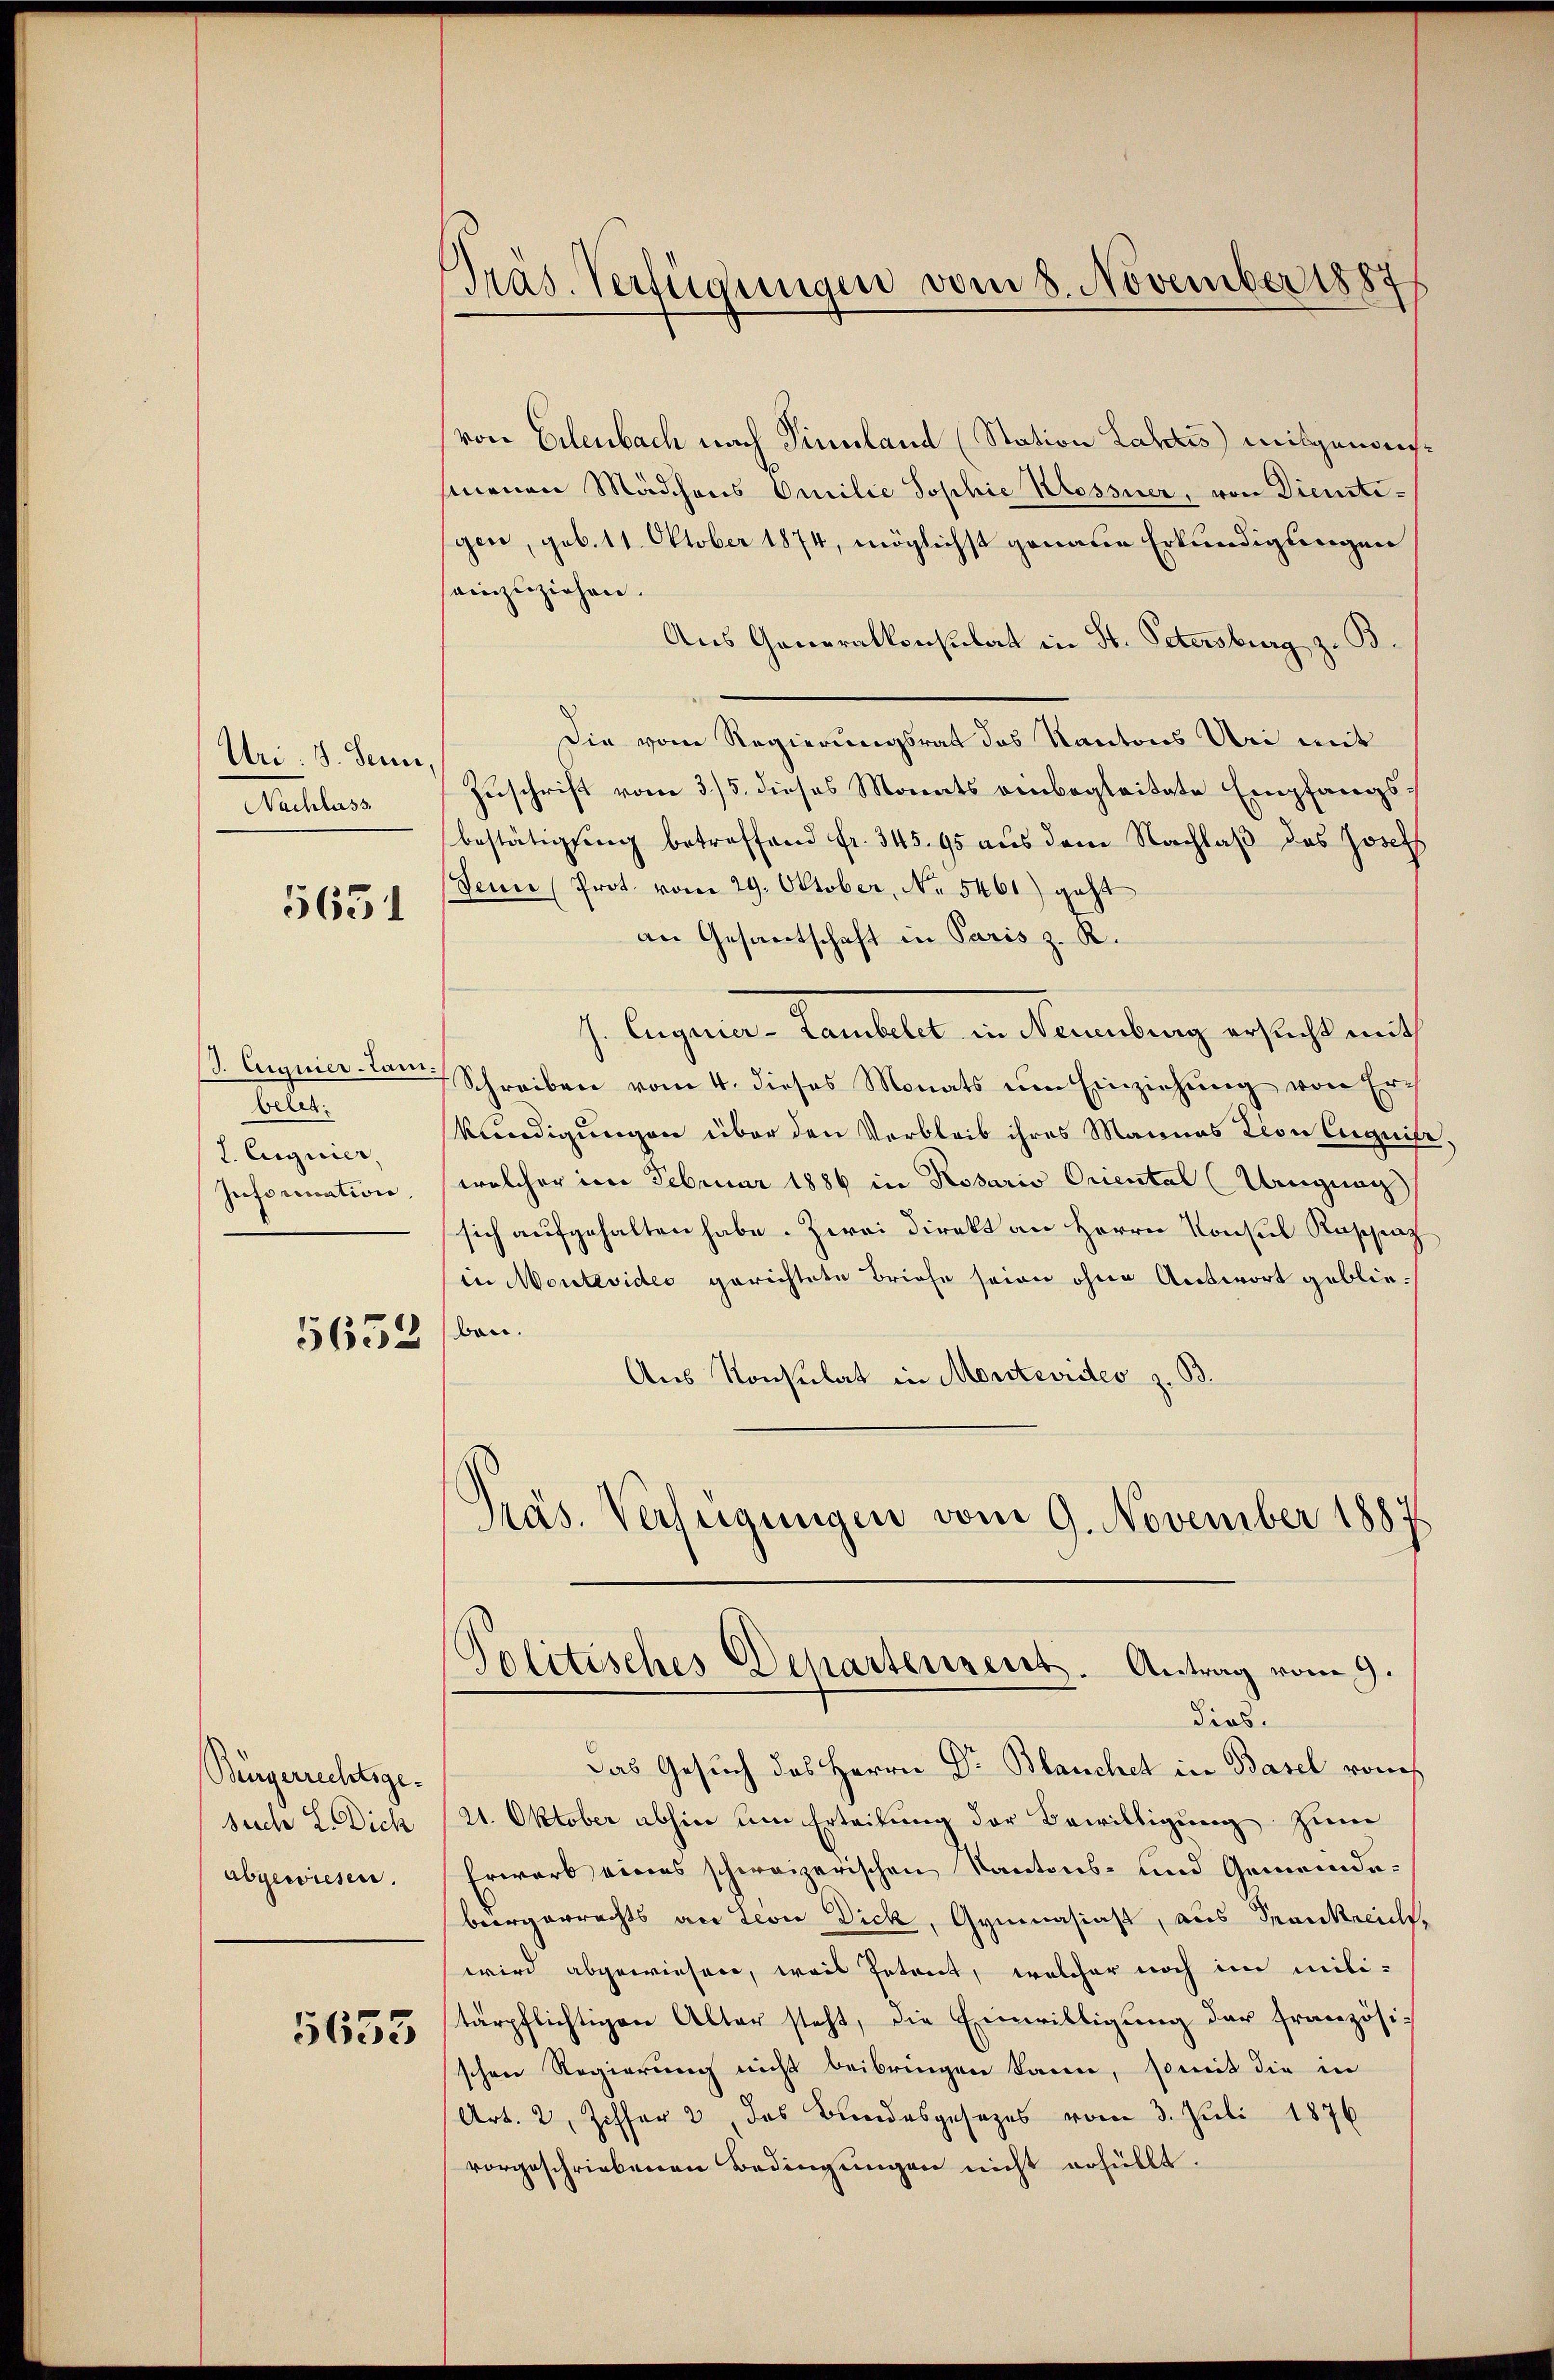
Uri: 8. Senn,
Nachlass

5651

von Erlenbach nach Sinnland (Station Lahtis) mitgenomsinenen Mädchens Omilie Sophie Klossner, von Dienstigen, geb. 11. Oktober 1874, möglichst genaue Erkundigungen
einzuziehen.
Aus Generalkonsulat in St. Petersburg z. B.
Die vom Regierungsrat das Kantons Uri mit
Zuschrift vom 3/5. dieses Monats einbegleitete Empfangsbestätigung betreffend fr. 345. 95 aus dem Nachlaβ des Josef
Sein Prot. vom 29. Oktober, No. 5461) geht
an Gesantschaft in Paris z. R.
J. Euguier-Lambelet in Neuenburg ersucht mit
. Euguier-Lam Schreiben vom 4. dieses Monats um Einziehung von Er¬
Vendigungen über den Verbleib ihres Mannes tion Euguise,
welcher im Februar 1886 in Rosaris Oriental (Ungnag
sich aufgehalten habe. Zwei Direkt an Herrn Konsul Raschiat
in Montevides gerichtete Briefe seien ohne Antwort gebliebon.
Aus Konsulat in Montevidtes z. B.
Präs. Verfügungen vom 9. November 1887

beleg
I. Auguier,
Inforication

5652

Bürgerrechtsgesuch L. Dich
abgewiesen.

5653

Präs. Verfügungen vom 8. November 1887

Politisches Departensent. Antrag vom 9.
dios.

Das Gesuch des Herrn Dr Blanchet in Basel von
21. Oktober abhin um Erteilung der Bewilligung zum
Erwarb eines schweizerischen Kantons- und Gemeindebergerrechts an Leon Dick, Gymnasiast, aus Frankreich,
wird abgewiesen, weis Petent, welcher noch im mili-
tärpflichtigen Alter steht, die Einwilligung der französischen Regierung nicht beibringen kann, somit die in
Art. 2, Ziffer 2 des Bundesgesetzes vom 3. Juli 1876
vorgeschriebenen Bedingungen nicht erhüllt.